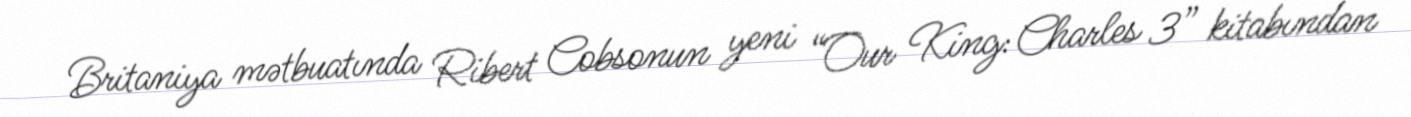
Britaniya mətbuatında Ribert Cobsonun yeni “Our King: Charles 3” kitabından